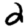
Digit: 2